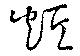
炬